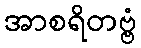
အာစရိတဗ္ဗံ